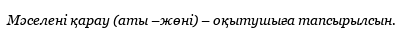
Мәселені қарау (аты –жөні) – оқытушыға тапсырылсын.